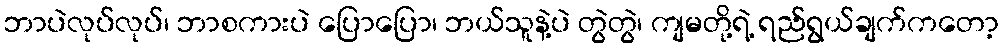
ဘာပဲလုပ်လုပ်၊ ဘာစကားပဲ ပြောပြော၊ ဘယ်သူနဲ့ပဲ တွဲတွဲ၊ ကျမတို့ရဲ့ ရည်ရွယ်ချက်ကတော့